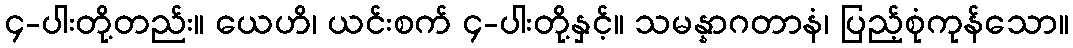
၄-ပါးတို့တည်း။ ယေဟိ၊ ယင်းစက် ၄-ပါးတို့နှင့်။ သမန္နာဂတာနံ၊ ပြည့်စုံကုန်သော။